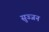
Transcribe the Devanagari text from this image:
सुज्जन